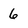
Character: 6